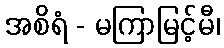
အစိရံ - မကြာမြင့်မီ၊